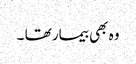
وہ بھی بیمار تھا ۔